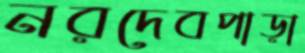
নরদেবপাড়া